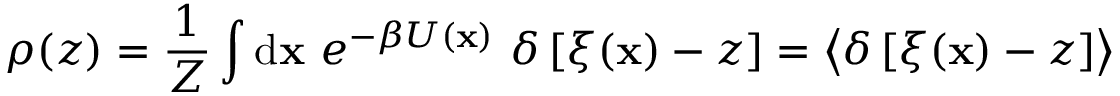
\rho ( z ) = \frac { 1 } { Z } \int \ensuremath { \mathrm { d } } \ensuremath { \mathbf { x } } \ e ^ { - \beta U ( \ensuremath { \mathbf { x } } ) } \ \delta \left[ \xi ( \ensuremath { \mathbf { x } } ) - z \right] = \left< \delta \left[ \xi ( \ensuremath { \mathbf { x } } ) - z \right] \right>